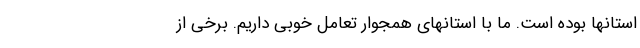
استانها بوده است. ما با استانهای همجوار تعامل خوبی داریم. برخی از